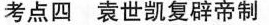
考点四袁世凯复辟帝制